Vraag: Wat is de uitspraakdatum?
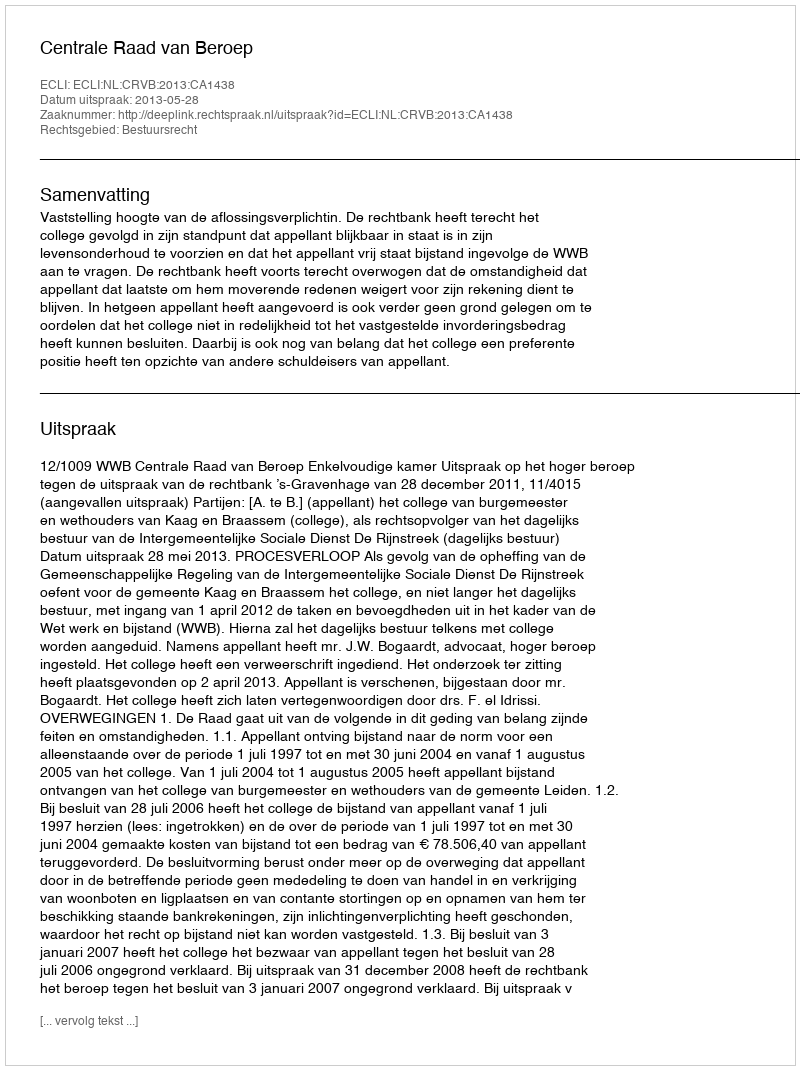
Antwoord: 2013-05-28